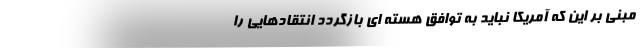
مبنی بر این که آمریکا نباید به توافق هسته ای بازگردد انتقادهایی را